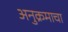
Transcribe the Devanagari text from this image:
अनुक्रमाचा